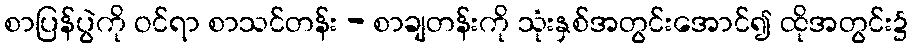
စာပြန်ပွဲကို ဝင်ရာ စာသင်တန်း - စာချတန်းကို သုံးနှစ်အတွင်းအောင်၍ ထိုအတွင်း၌